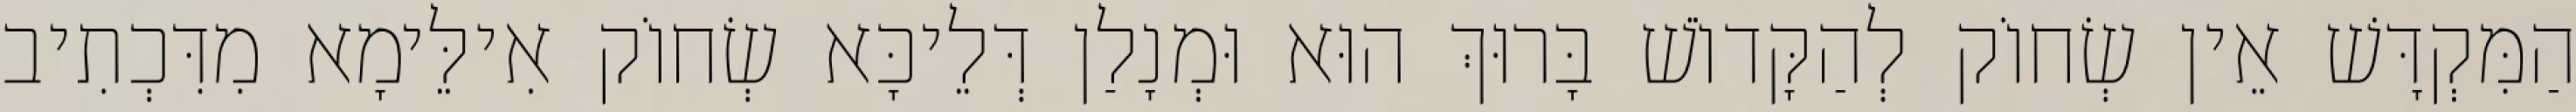
הַמִּקְדָּשׁ אֵין שְׂחוֹק לְהַקָּדוֹשׁ בָּרוּךְ הוּא וּמְנָלַן דְּלֵיכָּא שְׂחוֹק אִילֵּימָא מִדִּכְתִיב